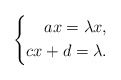
\begin{align*}\left\{\begin{aligned}ax=\lambda x,\\cx+d=\lambda.\end{aligned}\right.\end{align*}